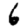
Digit: 6